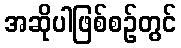
အဆိုပါဖြစ်စဉ်တွင်